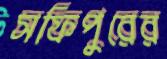
সফিপুরের